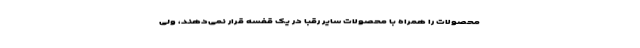
محصولات را همراه با محصولات سایر رقبا در یک قفسه قرار نمی‌دهند، ولی